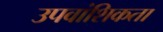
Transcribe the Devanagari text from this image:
उपवांशिकता